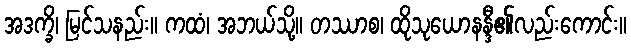
အဒက္ခိ၊ မြင်သနည်း။ ကထံ၊ အဘယ်သို့။ တဿာစ၊ ထိုသုယောနန္ဒီ၏လည်းကောင်း။